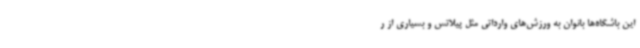
این باشگاه‌ها بانوان به ورزش‌های وارداتی مثل پیلاتس و بسیاری از ر